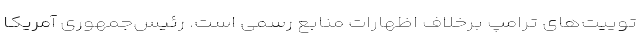
توییت‌های ترامپ برخلاف اظهارات منابع رسمی است. رئیس‌جمهوری آمریکا